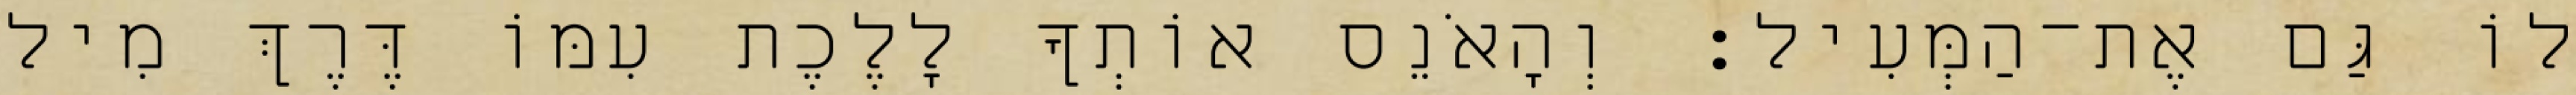
לוֹ גַּם אֶת־הַמְּעִיל׃ וְהָאֹנֵס אוֹתְךָ לָלֶכֶת עִמּוֹ דֶּרֶךְ מִיל